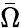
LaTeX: \bar{\Omega}